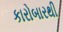
કારોબારથી